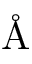
\textup { \AA }